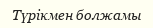
Түрікмен болжамы